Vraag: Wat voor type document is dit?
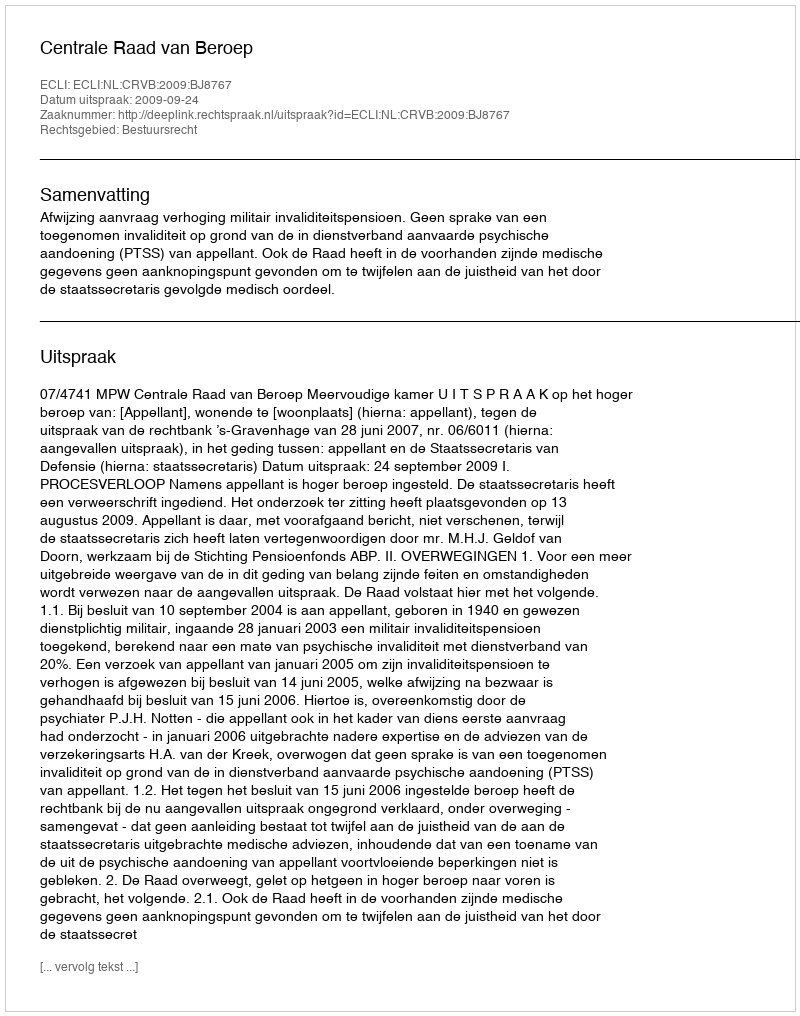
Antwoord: Uitspraak